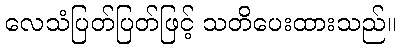
လေသံပြတ်ပြတ်ဖြင့် သတိပေးထားသည်။